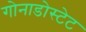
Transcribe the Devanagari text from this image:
गोनाडोस्टेट